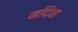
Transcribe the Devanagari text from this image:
मदिया